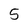
Character: 5